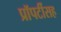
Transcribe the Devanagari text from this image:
प्रॉपर्टीसह